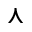
\curlywedge